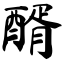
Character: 醑